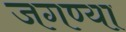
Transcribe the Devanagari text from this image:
जगण्या